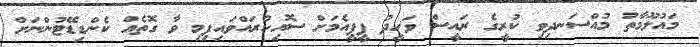
މައުލޫމާތު މުއްސަނދިވި ކުރީގެ ރައީސް ވަހީދު ޕީޕީއެމަށް ސޮއިކުރައްވައިފިމި ވާ ގޮތެއް ކެންޑިޑޭޓުންނަށް